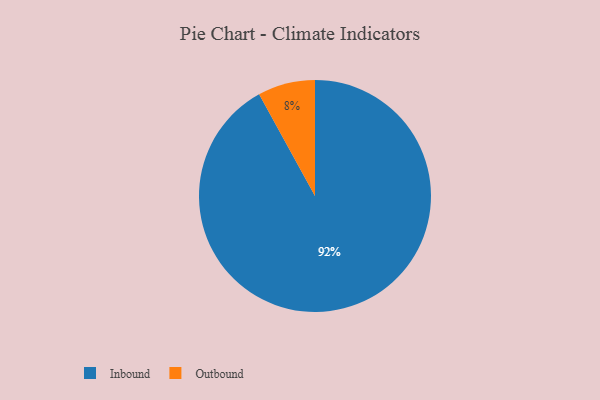
{"axis": {"x": "Category", "y": "Percentage"}, "legend": ["Inbound", "Outbound"], "data": [{"x": "Inbound", "y": 92, "type": "Inbound"}, {"x": "Outbound", "y": 8, "type": "Outbound"}]}